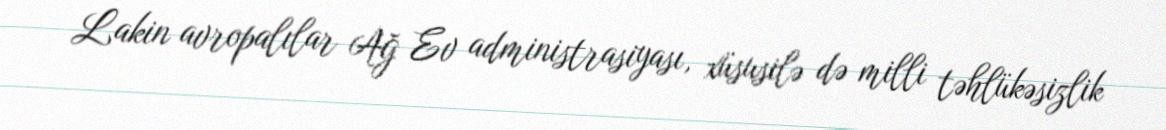
Lakin avropalılar Ağ Ev administrasiyası, xüsusilə də milli təhlükəsizlik